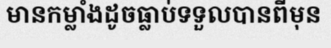
មានកម្លាំងដូចធ្លាប់ទទួលបានពីមុន